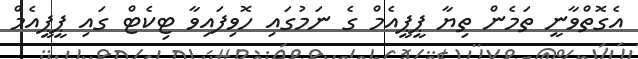
އެގޮތްވާނީ ތަމެން ތިޔާ ޕީޕީއެމް ގެ ނަމުގައި ހޮވިފައިވާ ޓިކެޓް ގައި ޕީޕީއެމް